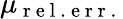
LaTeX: \mu_{\mathrm{~r~e~l~.~\! ~e~r~r~.~}}